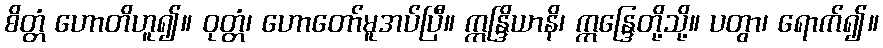
စိတ္တံ ဟောတိဟူ၍။ ဝုတ္တံ၊ ဟောတော်မူအပ်ပြီ။ ဣန္ဒြိယာနိ၊ ဣန္ဒြေတို့သို့။ ပတွာ၊ ရောက်၍။